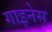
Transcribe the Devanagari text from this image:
गाइनेस